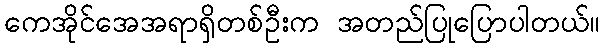
ကေအိုင်အေအရာရှိတစ်ဦးက အတည်ပြုပြောပါတယ်။